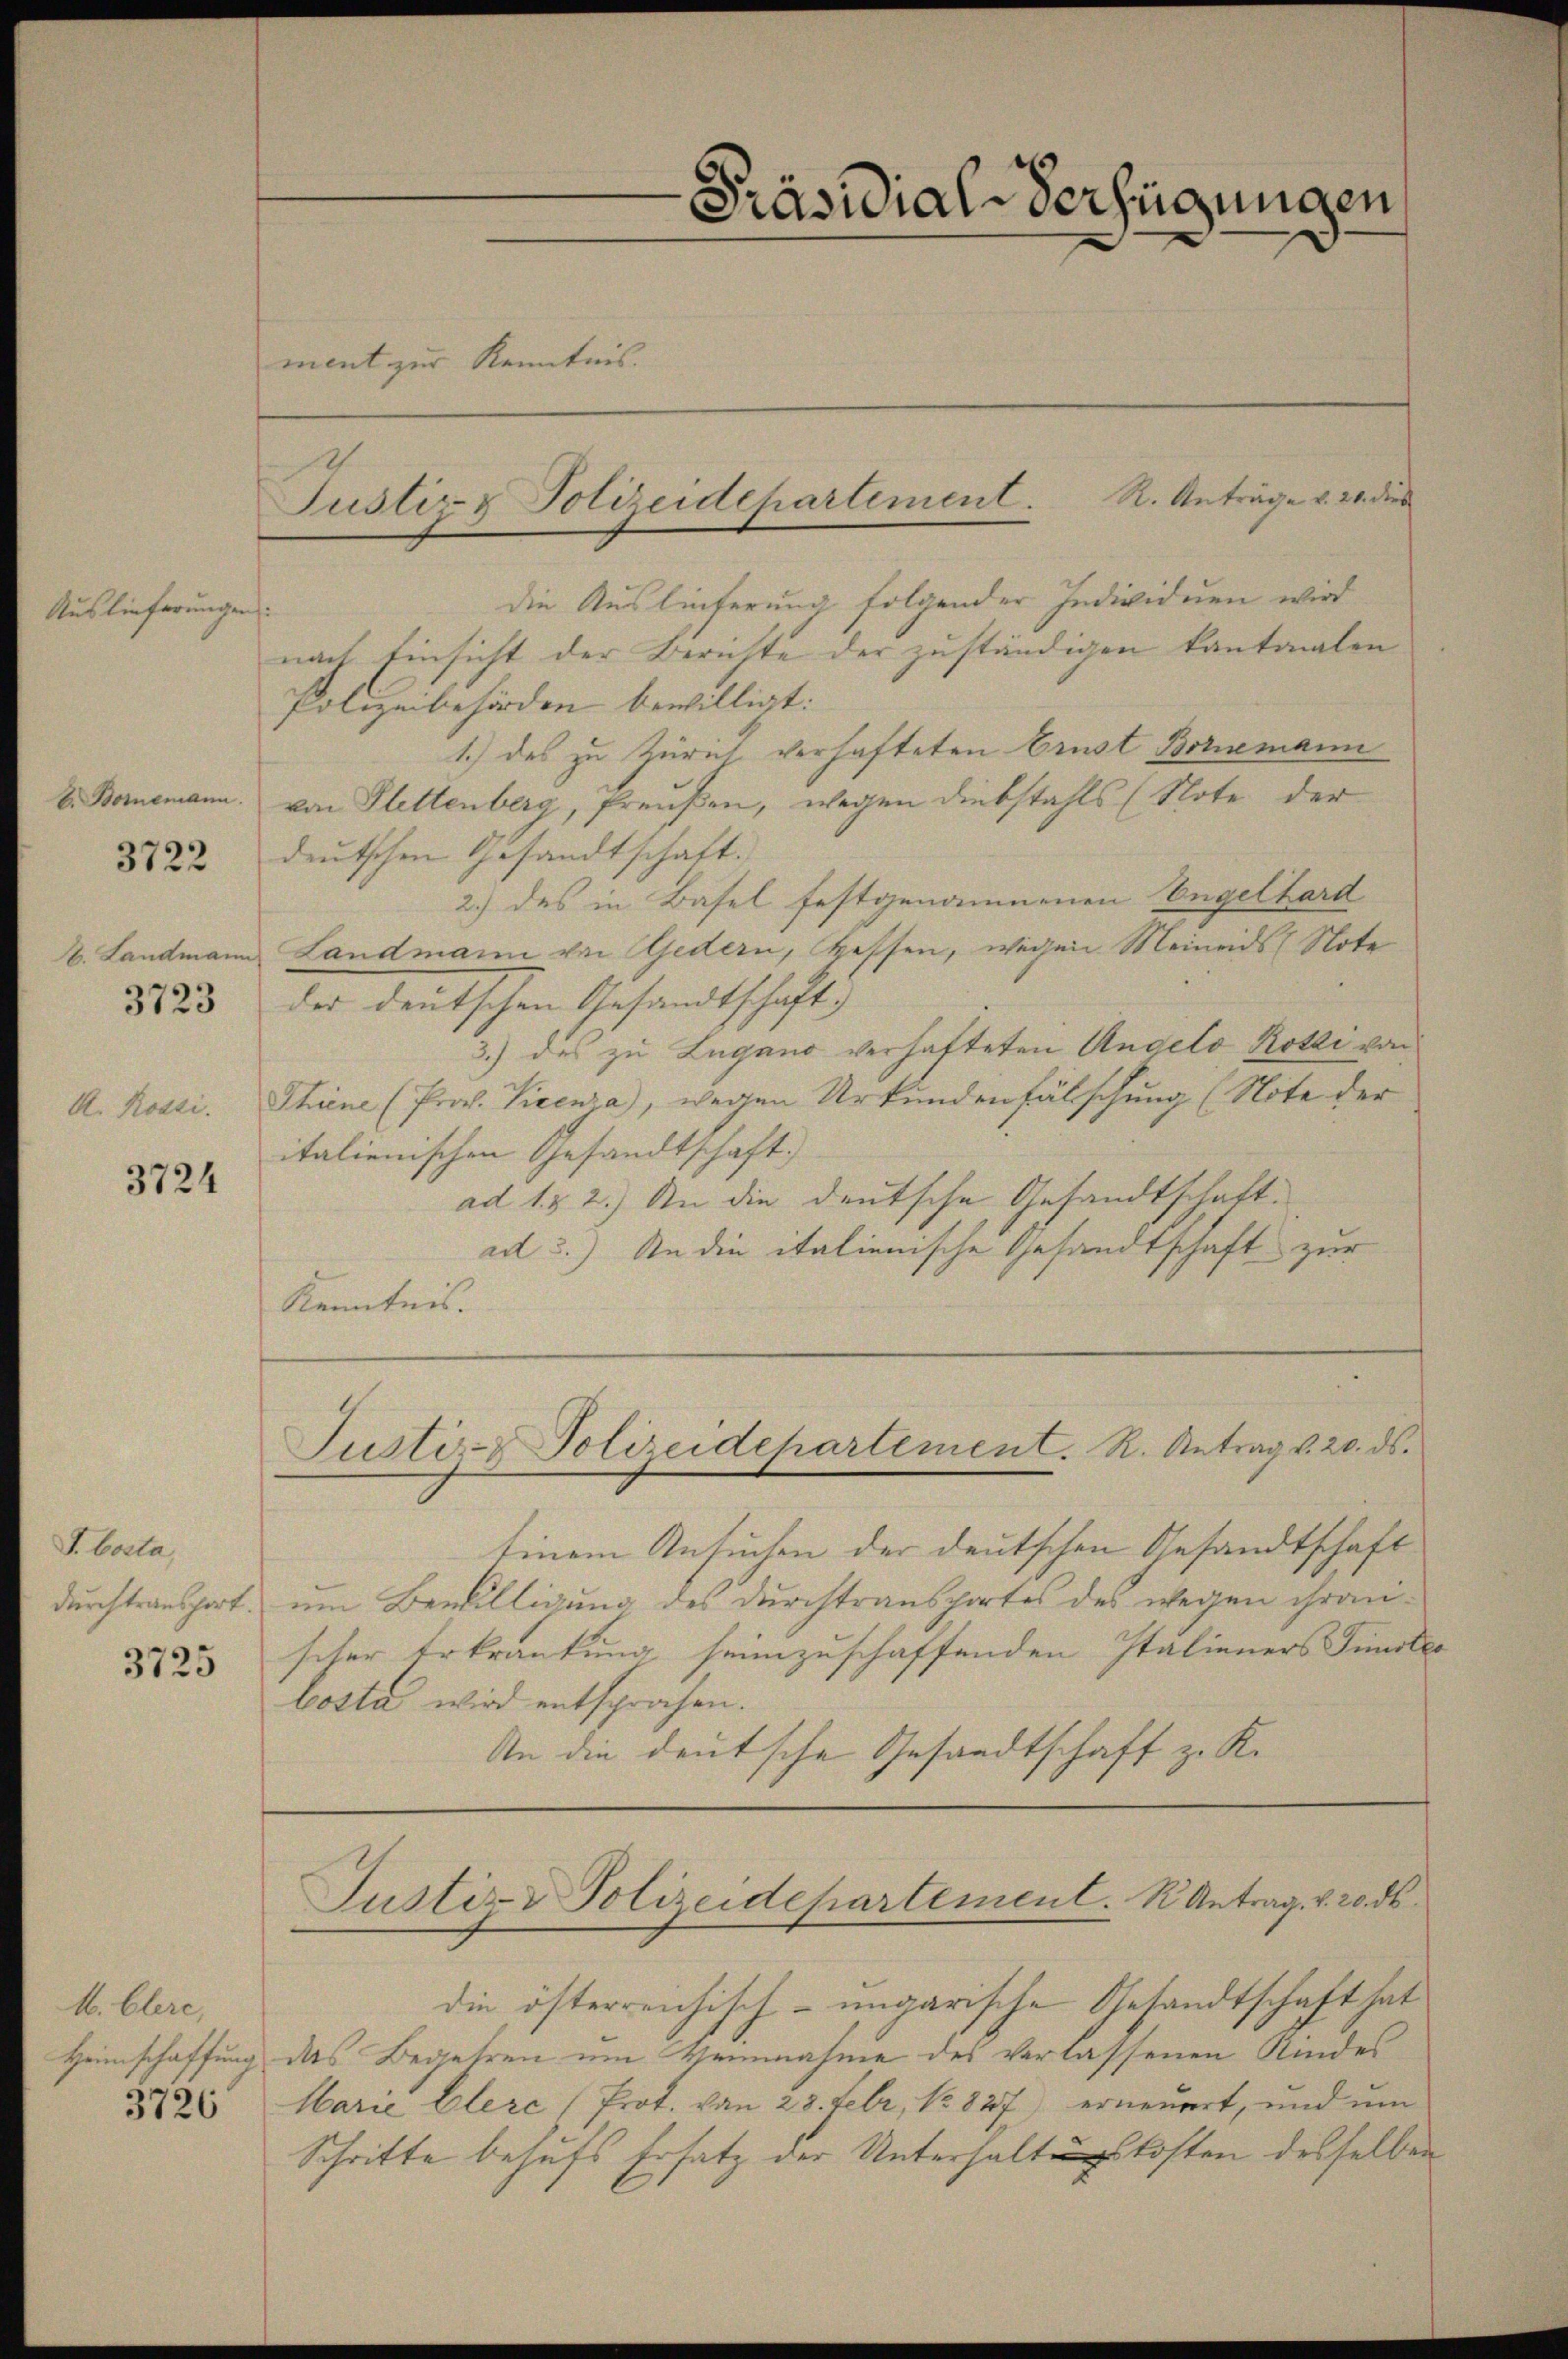
Auslieferungen

b. Boremann.

3722

b. Landmann

3723

A. Rossi.

3724

S. Cata
durchtransport.

3725

M. Clere,

.

ment zur Kenntnis.

R. Anträge v. 20. dies
die Auslieferung folgender Individuen wird
nach Einsicht der Berichte der zuständigen kantonalen
Polizeibehörden bewilligt:
1.) des zu Zürich, verhafteten Ernst Bornemann
von Plettenberg, Preußen, wegen Diebstahls (Note der
deutschen Gesandtschaft.
2.) des in Basel festgenommenen Engelhard
Landmann von Gedern, Hessen, wegen Meineids Note
der deutschen Gesandtschaft
3.) des zu Lugano verhafteten Angelo Kotti von
Thiene (Prov. Vicenia), wegen Urkundenfälschung (Note der
italienischen Gesandtschaft.
ad 1. 2.) An die deutsche Gesandtschaft.
ad 3.) An die italienische Gesandtschaft zur
Kenntnis.
Justiz & Polizeidepartement. R. Antrag v. 20. ds.
Einem Ansuchen der deutschen Gesandtschaft
um Bewilligung des Durchtransportes des wegen ihrenscher Erkrankung seinzuschaffenden Italieners Finsler
bosta wird entsprochen.
An die deutsche Gesandtschaft zu Re

Justiz- & Polizeidchartement.

Präsidial-Verfügungen

Justiz & Polizeidepartement. K. Antrag v. 20. ds.

die österreichisch-ungarische Gesandtschaft hat
Heimschaffung des Begehren um Vernahme des verlassenen Kindes
5623 Marie Elerc (Prot. von 23. Febr, No 827 erneuert, und um
Schritte behufs Ersatz der Unterhaltungskosten desselben